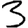
Digit: 3